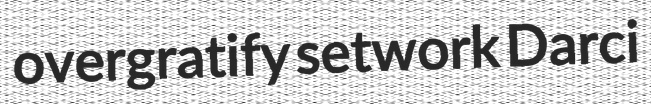
overgratify setwork Darci